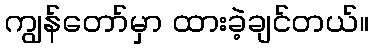
ကျွန်တော်မှာ ထားခဲ့ချင်တယ်။